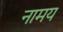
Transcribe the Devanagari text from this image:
नामय